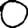
Digit: 0